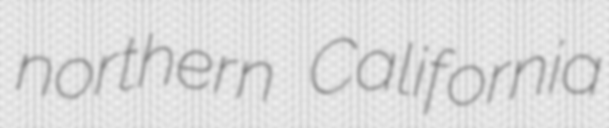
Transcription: northern California